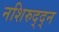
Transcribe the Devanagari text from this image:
नशिरुद्द्न